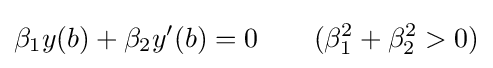
\beta _{1}y(b)+\beta _{2}y'(b)=0\qquad (\beta _{1}^{2}+\beta _{2}^{2}>0)